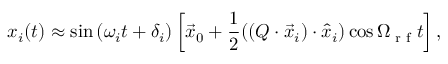
x _ { i } ( t ) \approx \sin \left( \omega _ { i } t + \delta _ { i } \right) \left[ \vec { x } _ { 0 } + \frac { 1 } { 2 } ( ( Q \cdot \vec { x } _ { i } ) \cdot \hat { x } _ { i } ) \cos \Omega _ { \textrm { r f } } t \right] ,